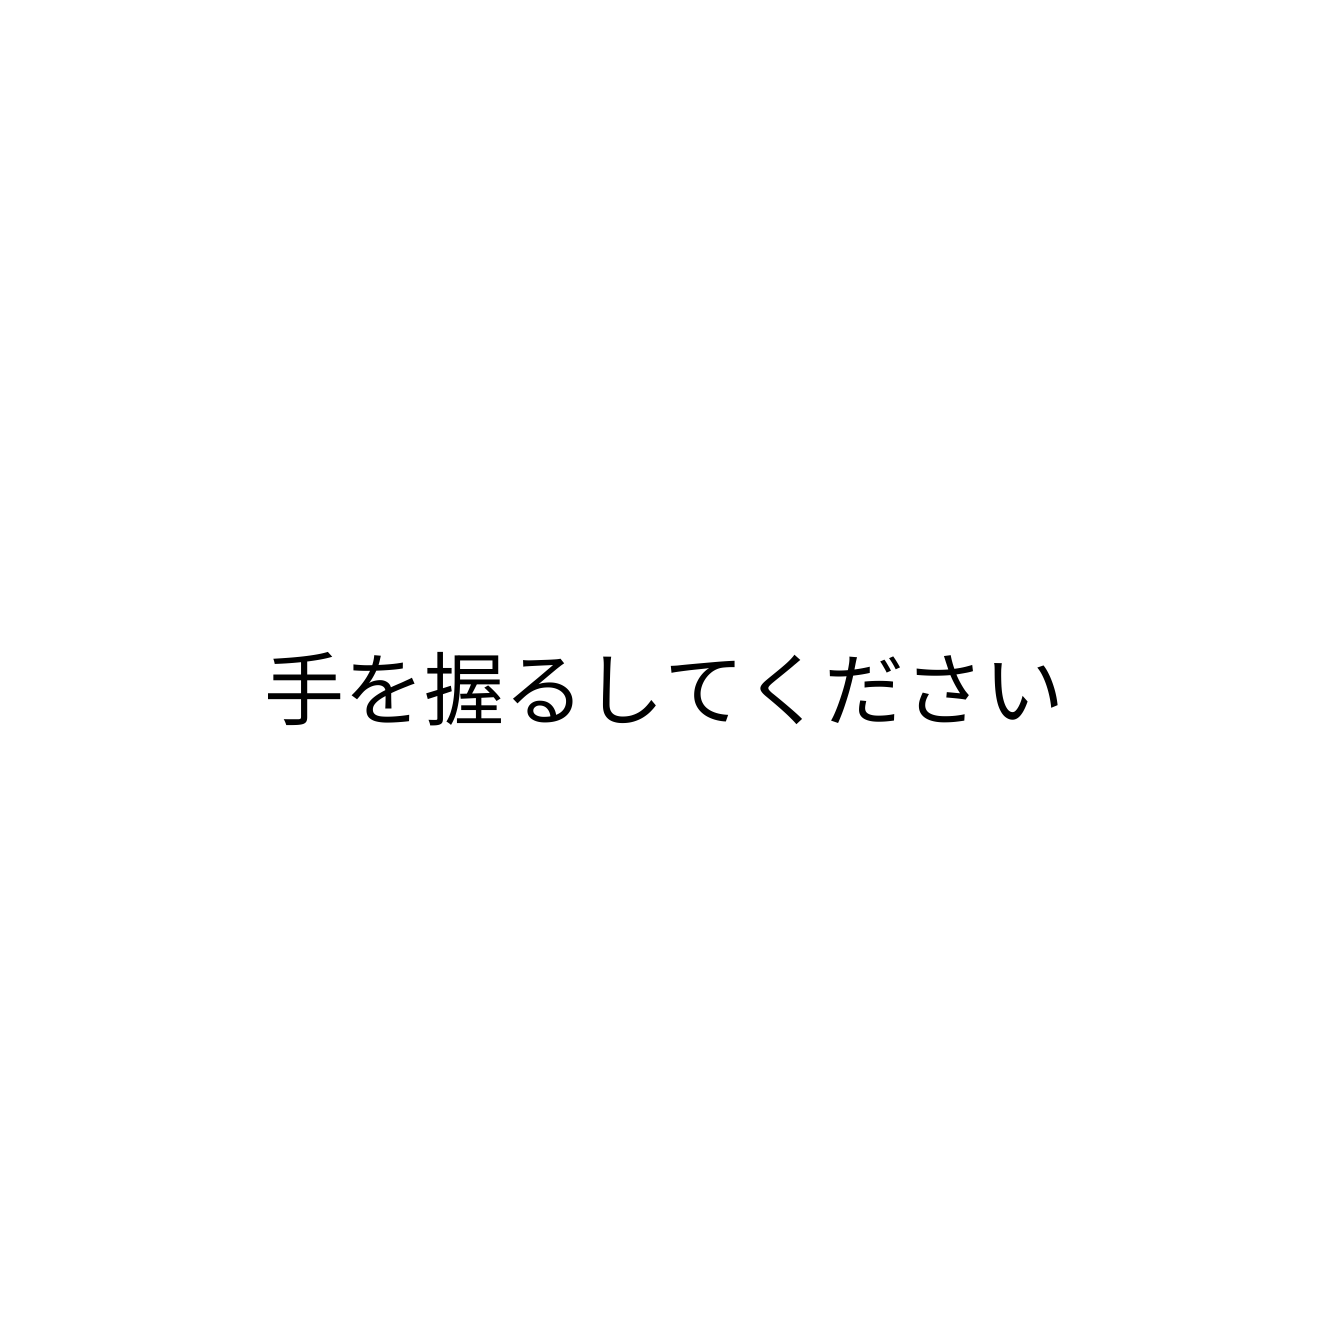
手を握るしてください